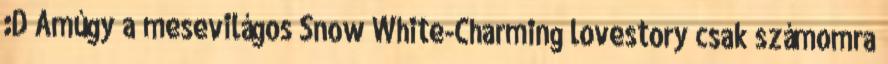
:D Amúgy a mesevilágos Snow White-Charming lovestory csak számomra